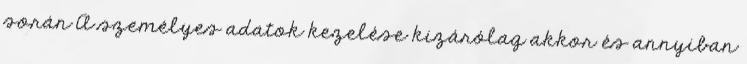
során A személyes adatok kezelése kizárólag akkor és annyiban